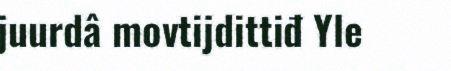
juurdâ movtijdittiđ Yle